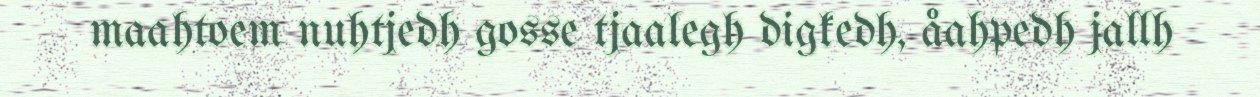
maahtoem nuhtjedh gosse tjaalegh digkedh, åahpedh jallh